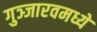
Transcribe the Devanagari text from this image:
गुञ्जारवमध्ये